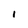
Character: 1